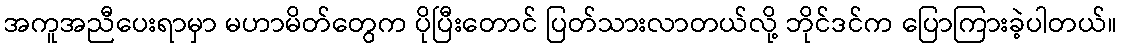
အကူအညီပေးရာမှာ မဟာမိတ်တွေက ပိုပြီးတောင် ပြတ်သားလာတယ်လို့ ဘိုင်ဒင်က ပြောကြားခဲ့ပါတယ်။